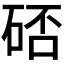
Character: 𱴁